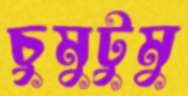
চুমুটুমু